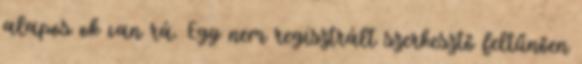
alapos ok van rá. Egy nem regisztrált szerkesztő feltűnően